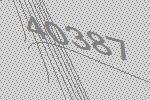
40387